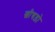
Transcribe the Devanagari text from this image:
खीचड़ो